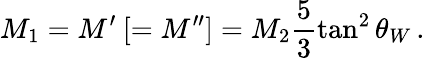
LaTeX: M_{1}=M^{\prime}\: [=M^{\prime\prime}]=M_{2}\frac{5}{3}\tan^{2}\theta_{W}\, .